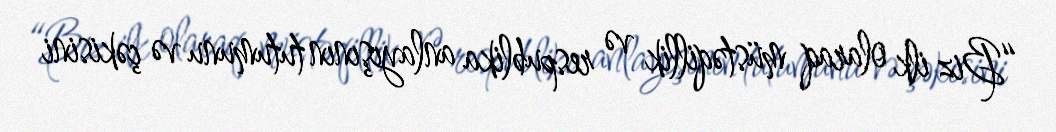
“Biz ilk olaraq müstəqillik və respublika anlayışının tutumunu və çəkisini